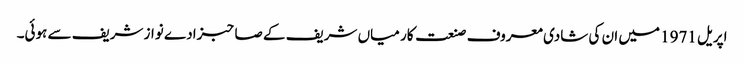
اپریل 1971 میں ان کی شادی معروف صنعت کار میاں شریف کے صاحبزادے نواز شریف سے ہوئی۔